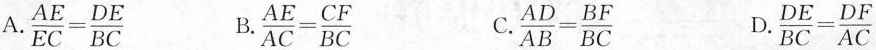
A.$$\frac{AE}{EC} = \frac{DE}{BC}$$ B.$$\frac{AE}{AC} = \frac{CF}{BC}$$ C.$$\frac{AD}{AB} = \frac{BF}{BC}$$ D.$$\frac{DE}{BC} = \frac{DF}{AC}$$